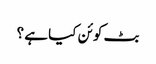
بٹ کوئن کیا ہے ؟